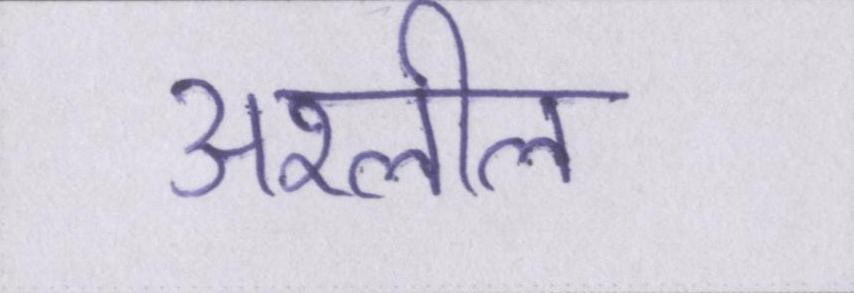
अश्लील